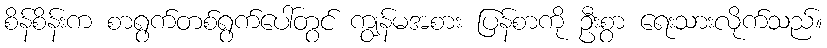
စိန်စိန်းက စာရွက်တစ်ရွက်ပေါ်တွင် ကျွန်မအစား ပြန်စာကို ဦးစွာ ရေးသားလိုက်သည်။